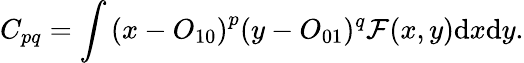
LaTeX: {C_{pq}}=\int{{{(x-{O_{10}})}^{p}}}{(y-{O_{01}})^{q}}\mathcal{F}(x,y)\mathrm{d}x\mathrm{d}y.